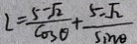
2 = \frac { 5 - \sqrt { 2 } } { \cos \theta } + \frac { 5 - \sqrt { 2 } } { \sin \theta }